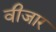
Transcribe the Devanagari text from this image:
वीजार